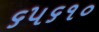
૬૫૬૧૦